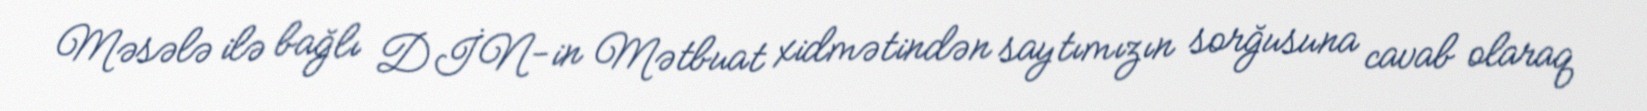
Məsələ ilə bağlı DİN-in Mətbuat xidmətindən saytımızın sorğusuna cavab olaraq